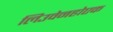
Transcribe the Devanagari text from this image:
लिउवेनहोएक